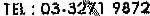
TEL : 03-3271 9872